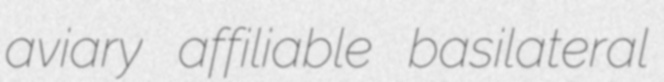
aviary affiliable basilateral